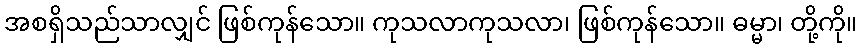
အစရှိသည်သာလျှင် ဖြစ်ကုန်သော။ ကုသလာကုသလာ၊ ဖြစ်ကုန်သော။ ဓမ္မာ၊ တို့ကို။